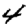
Digit: 4